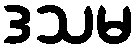
ဒသမ